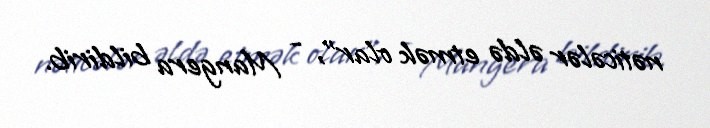
nəticələr əldə etmək olar", - Mangera bildirib.